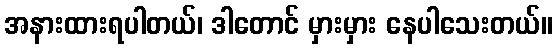
အနားထားရပါတယ်၊ ဒါတောင် မှားမှား နေပါသေးတယ်။